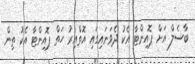
ބާސެލް އަށް ޕޮއިންޓާ އެކު ދެވަނައިގައި އޮތްއިރު ހަތް ޕޮއިންޓާ އެކު ތިން